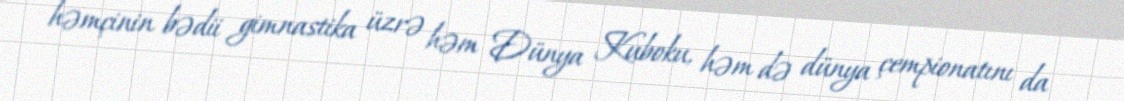
həmçinin bədii gimnastika üzrə həm Dünya Kuboku, həm də dünya çempionatını da